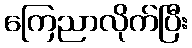
ကြေညာလိုက်ပြီး